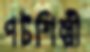
পটশিল্পী